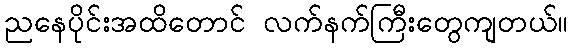
ညနေပိုင်းအထိတောင် လက်နက်ကြီးတွေကျတယ်။